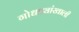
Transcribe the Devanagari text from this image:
गोधड्यांखाली